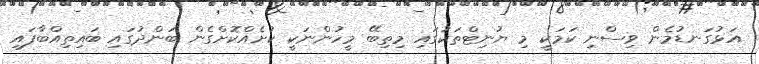
އަޅުގަނޑުމެން ވިސްނި ކަމަކީ މި ޔުނިޓްތަކުގައި މިތިބޭ މީހުންނަކީ ކުށެއްކޮށްގެން ބަންދުގައި ބައިތިއްބާފައި